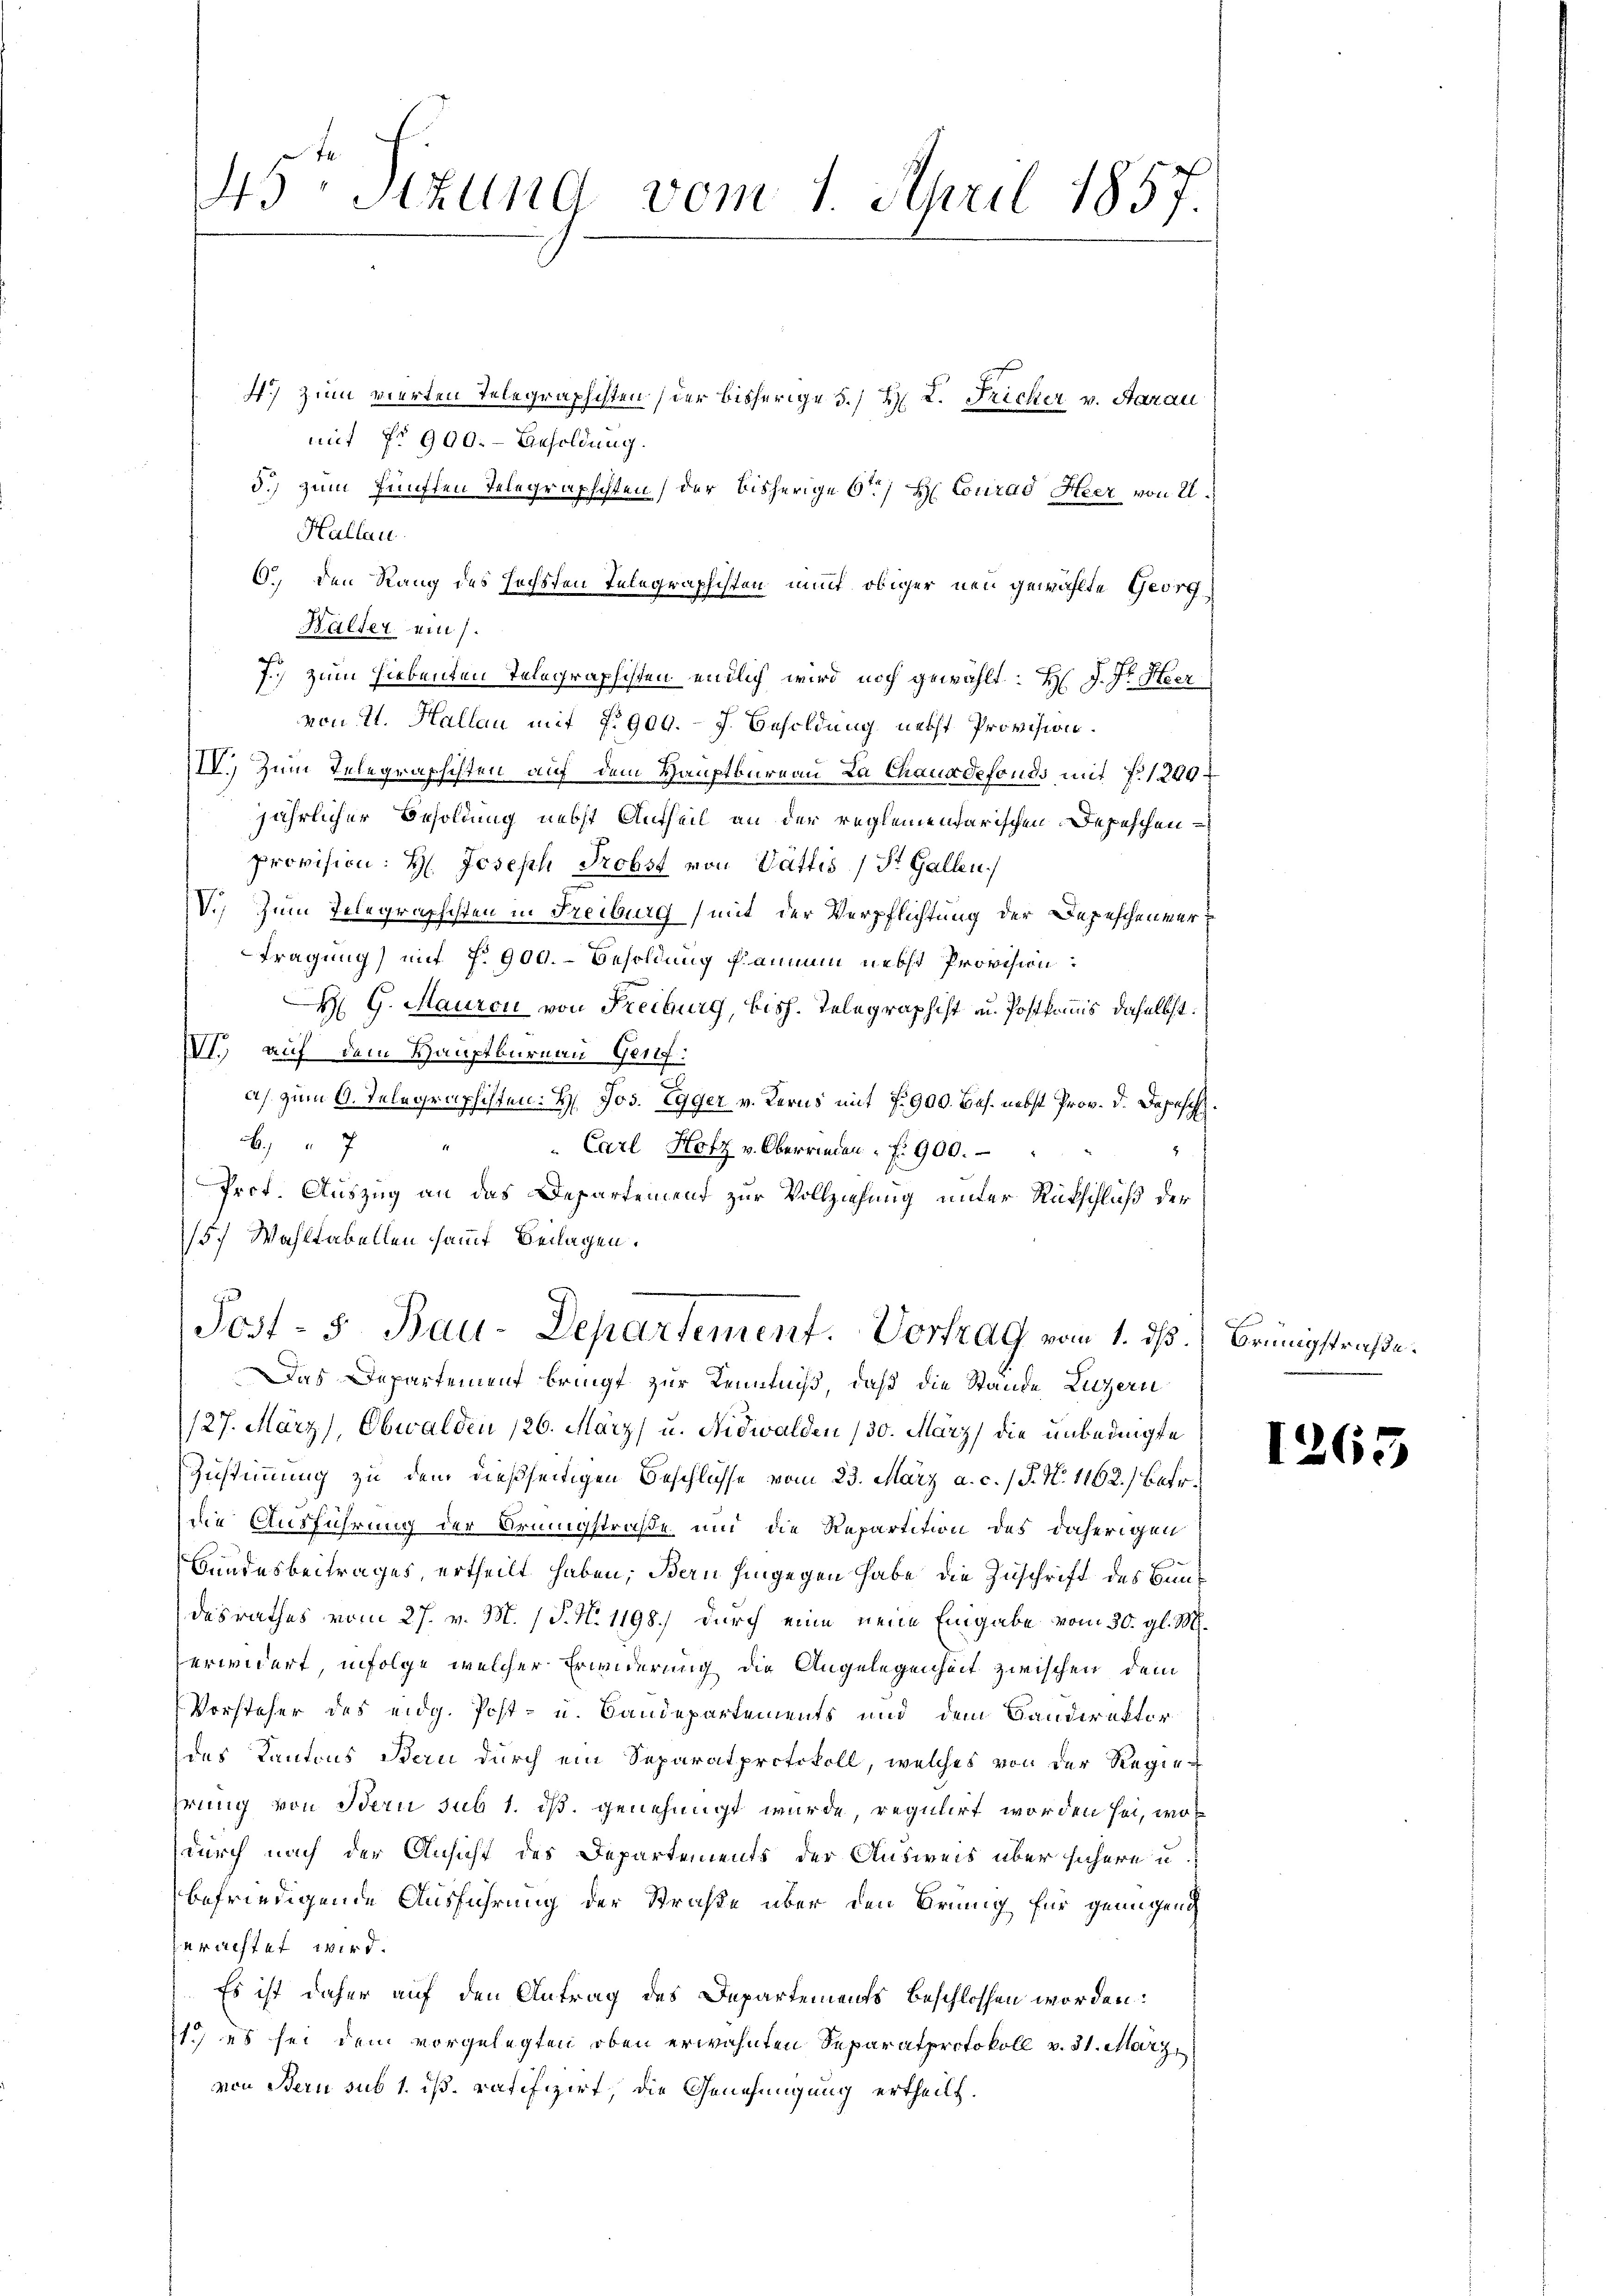
45 schung vom 1 April 1857.
4.) Zum vierten Telegraphisten (der bisherige 5.) Hr. K. Fricker v. Aarau
mit No 900.- Besoldung.

5.) Zum fünften Telegraphichten (der bisherige 6/ H Conrad Heer von U.
Hallau.
6.) Den Rang des Hochsten Telegraphisten mit obiger neu gewählte Georg
Walter ein
7. Zum hiebenten Telegraphisten endlich wird noch gewählt: Hr. J. J. Heer
von 11. Hallau mit No 900. - J. Besoldung necht Provision.
IV. Zum Telegraphisten auf dem Hauptbureau La Chauxdefonds mit f. 1200
jährlicher Besoldung nebst Antheil an der reglementarischen Depeschen
provision: H: Joseph Probst von Vattis 1 St. Gallen.
IV.) Zum Telegraphisten in Freiburg mit der Verpflichtung der Depeschenmertragung) mit §. 900.- Besoldung fammen nebst Provision:
H G. Mauron von Freiburg, bish. Telegraphist u. Postkommis daselbst.
VI auf dem Hauptburnau Gerf:
d
as. zum 6. Telegraphisten: H. Jos. Egger v. Kerns mit 7. 900. bes. nebst Prov. d. Depesch
.7
" Carl Hotz v. Oberrieden f. 900.
Prof. Auszug an das Departement zur Vollziehung unter Rückschluß der
5.) Wahltabellen sammt Beilagen.
Post- 5. Bau-Departement. Vortrag vom 1. ds.
Das Departement bringt zur Kenntniß, daß die Stande Luzern
127. März), Obwalden 126. März u. Nidwalden (30. März die unbedingte
Zustimmung zu dem dießseitigen Beschlüsse vom 23. März a. c. 1 S. N. 1162.) Betr.
die Ausführung der Orungstraße und die Repartition des daherigen
Bundesbeitrages ertheilt haben; Bern hingegen habe die Zuschrift des Baudesrathes vom 27. v. M. (S. N. 1198.) Durch eine neue Eingabe vom 30. gl. M.
erwidert, infolge welcher Erwiderung die Angelegenheit zwischen dem
Vorsteher des eidg. Post- u. Bandepartements und dem Candirektor
des Kantons Bern durch ein Separat protokoll, welches von der Regiehrung von Bern sub 1. ist. genehmigt wurde, regulirt worden sei, wodurch nach der Ansicht des Departements der Ausweis über sichere u
befriedigende Ausführung der Straße über den Brunng für genügend
erachtet wird.
Es ist daher auf den Antrag des Departements beschlossen worden:
1.) es sei dem vorgelegten oben erwähnten Separatprotokoll v. 31. März,
von Bern sub 1. ds. ratifizirt, die Genehmigung ertheilt.

Bringstrafe.

1265